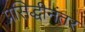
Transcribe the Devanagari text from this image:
प्रसिद्धीनंतर